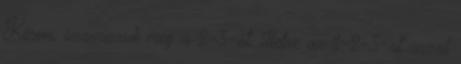
Kérem, szavazzuk meg a 2-3-at, illetve az 1-2-3-at azzal